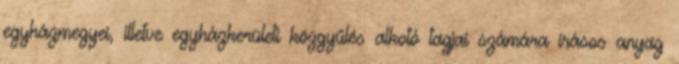
egyházmegyei, illetve egyházkerületi közgyűlés alkotó tagjai számára írásos anyag